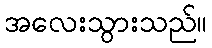
အလေးသွားသည်။